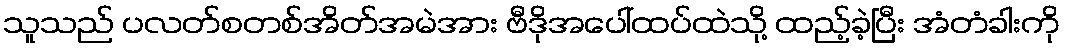
သူသည် ပလတ်စတစ်အိတ်အမဲအား ဗီဒိုအပေါ်ထပ်ထဲသို့ ထည့်ခဲ့ပြီး အံတံခါးကို